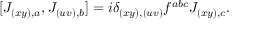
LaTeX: [ J _ { ( x y ) , a } , J _ { ( u v ) , b } ] = i \delta _ { ( x y ) , ( u v ) } f ^ { a b c } J _ { ( x y ) , c } .